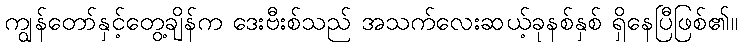
ကျွန်တော်နှင့်တွေ့ချိန်က ဒေးဗီးစ်သည် အသက်လေးဆယ့်ခုနစ်နှစ် ရှိနေပြီဖြစ်၏။